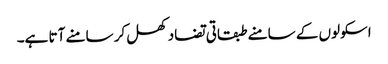
اسکولوں کے سامنے طبقاتی تضاد کھل کر سامنے آتا ہے۔